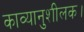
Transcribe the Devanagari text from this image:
काव्यानुशीलक।